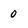
Character: 0